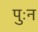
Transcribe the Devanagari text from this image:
पुःन